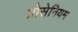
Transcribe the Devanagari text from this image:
प्रोसेनियम